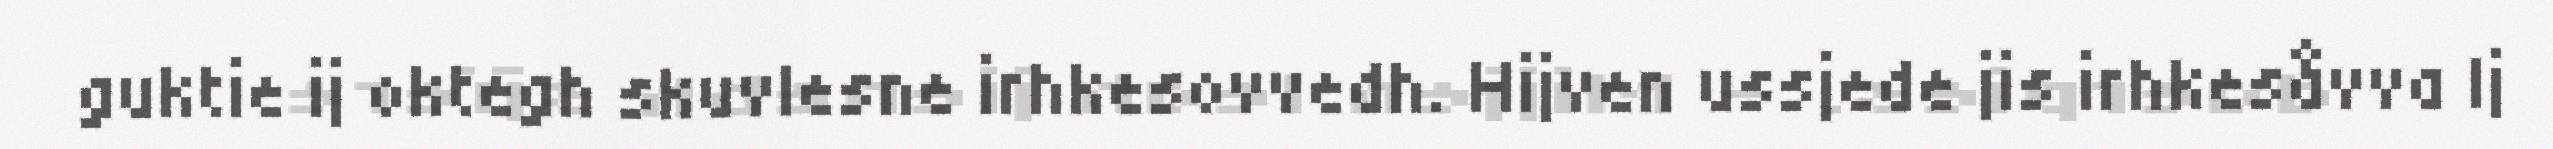
guktie ij oktegh skuvlesne irhkesovvedh. Hijven ussjede jis irhkesåvva Ij